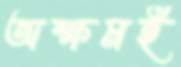
অক্ষমই